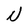
Character: N